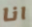
انا